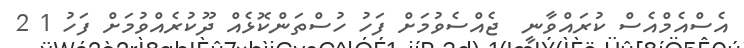
އެސްއެމްއެސް ކުރައްވާނީ  ޖެއްސެވުމަށް ފަހު ހުސްތަންކޮޅެއް ދޫކުރެއްވުމަށް ފަހު 1 2